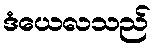
ဒံယေလသည်